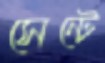
সেন্টে